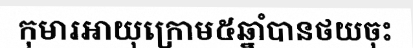
កុមារអាយុក្រោម៥ឆ្នាំបានថយចុះ